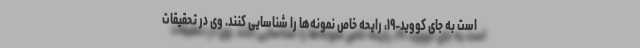
است به جای کووید-۱۹، رایحه خاص نمونه‌ها را شناسایی کنند. وی در تحقیقات